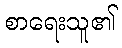
စာရေးသူ၏